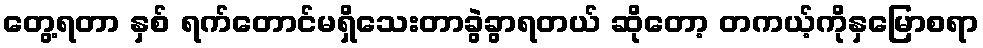
တွေ့ရတာ နှစ် ရက်တောင်မရှိသေးတာခွဲခွာရတယ် ဆိုတော့ တကယ့်ကိုနှမြောစရာ